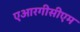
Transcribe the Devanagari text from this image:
एआरगीसीएम